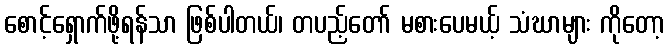
စောင့်ရှောက်ဖို့ရန်သာ ဖြစ်ပါတယ်၊ တပည့်တော် မစားပေမယ့် သံဃာများ ကိုတော့